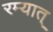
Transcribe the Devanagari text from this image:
रम्यात्